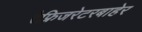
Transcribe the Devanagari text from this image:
रेफ्रिजरेटरबाहेर